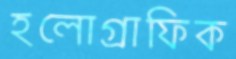
হলোগ্রাফিক